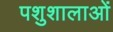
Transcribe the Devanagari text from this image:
पशुशालाओं